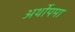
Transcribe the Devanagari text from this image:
अर्थोपमा